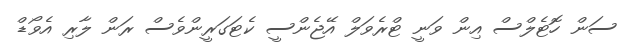
ސަން ހޮޓެލްސް އިން ވަނީ ޓްރެވަލް އޭޖެންސީ ކެޓަގަރީންވެސް ރަން ލާރި އެވޯޑް